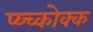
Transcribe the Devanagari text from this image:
प्य्च्कोक्क